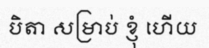
បិតា សម្រាប់ ខ្ញុំ ហើយ